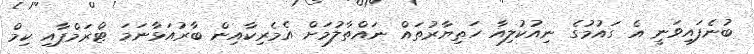
ބުނެފައިވަނީ އެ ގައުމުގެ ނިއުކުލިއާ ހަތިޔާރުތައް ނައްތާލުމަށް އެމެރިކާއިން ބާރުއަޅާނަމަ ޓްރަމްޕާއި ކިމް